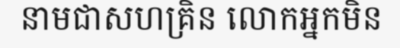
នាមជាសហគ្រិន លោកអ្នកមិន